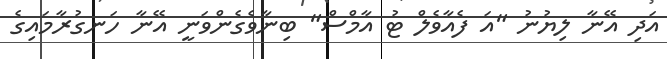
އަދި އޭނާ ލިޔުނު "އަ ފެއާވެލް ޓު އާމްސް" ބިނާވެގެންވަނީ އޭނާ ހަނގުރާމައިގެ